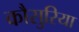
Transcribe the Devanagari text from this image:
कौसुरिया